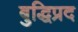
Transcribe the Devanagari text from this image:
बुद्धिप्रद